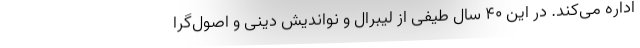
اداره می‌کند. در این 40 سال طیفی از لیبرال و نواندیش دینی و اصول‌گرا